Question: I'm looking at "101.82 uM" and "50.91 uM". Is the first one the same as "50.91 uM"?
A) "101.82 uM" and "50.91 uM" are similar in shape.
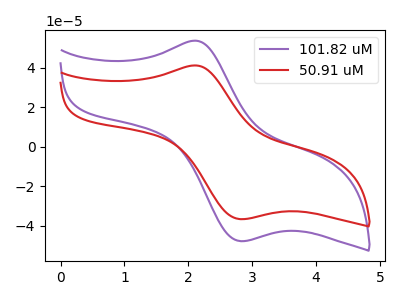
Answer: <think>The purple curve "101.82 uM" has an anodic peak at (2.10V, 53.70uA) and a cathodic peak at (2.80V, -47.75uA). The red curve "50.91 uM" has an anodic peak at (2.10V, 41.20uA) and a cathodic peak at (2.80V, -36.60uA).
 All the peaks in "101.82 uM" have a peak in "50.91 uM" at the same potential. Every peak in "101.82 uM" is higher than every peak in "50.91 uM".</think>
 <answer>A) "101.82 uM" and "50.91 uM" are similar in shape.</answer>
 <eval>A</eval>